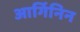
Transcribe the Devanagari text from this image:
आर्गिनिन